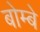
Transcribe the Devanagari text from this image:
बोम्‍बे